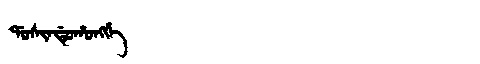
Manchu: ᡩᠣᠰᡳᠨᡩᡠᡥᠣᠩᡤᡝ
Romanization: DOSINDUHONGGE